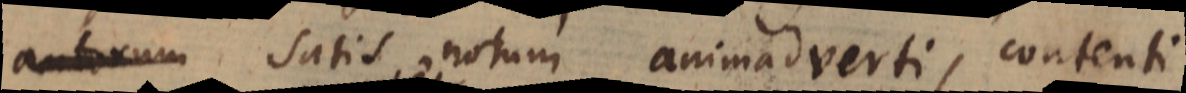
autorum satis notum animadverti, contenti